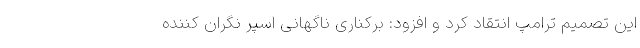
این تصمیم ترامپ انتقاد کرد و افزود: برکناری ناگهانی اسپر نگران کننده